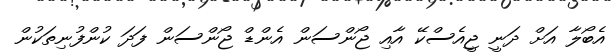
އެބޯލާ އަށް ދަނީ ޖީއެސްކޭ އާއި ޖޯންސަން އެންޑް ޖޯންސަން ފަދަ ކުންފުނިތަކުން